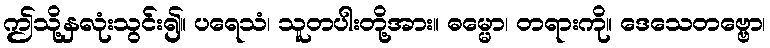
ဤသို့နှလုံးသွင်း၍။ ပရေသံ၊ သူတပါးတို့အား။ ဓမ္မော၊ တရားကို။ ဒေသေတဗ္ဗော၊